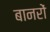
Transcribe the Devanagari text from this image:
बानरों